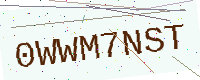
Text: 0WWM7NST